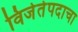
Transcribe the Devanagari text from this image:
विजेतेपदाचा